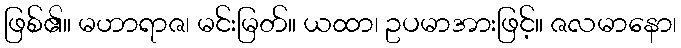
ဖြစ်၏။ မဟာရာဇ၊ မင်းမြတ်။ ယထာ၊ ဥပမာအားဖြင့်။ ဇလမာနော၊